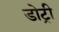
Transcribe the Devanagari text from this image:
डोट्री